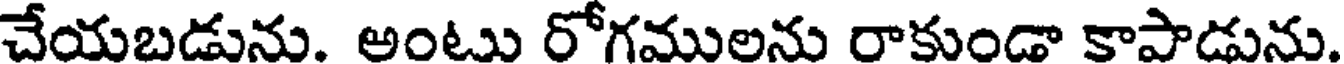
చేయబడును. అంటు రోగములను రాకుండా కాపాడును.